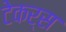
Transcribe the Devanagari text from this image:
टेकर्स